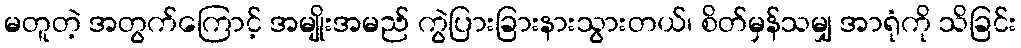
မတူတဲ့ အတွက်ကြောင့် အမျိုးအမည် ကွဲပြားခြားနားသွားတယ်၊ စိတ်မှန်သမျှ အာရုံကို သိခြင်း